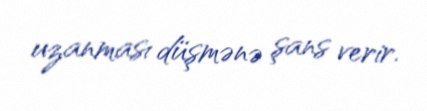
uzanması düşmənə şans verir.